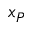
x _ { P }